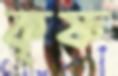
কৃষ্ণ